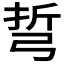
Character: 𢏨